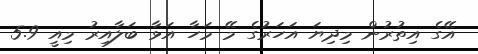
އޭގެ އިތުރުން މިދިޔަ އަހަރުގެ މޭ މަހާ އަޅާ ބަލާއިރު މިއީ 5.9